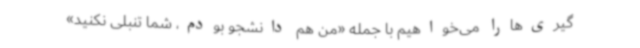
گیری‌هارا می‌خواهیم با جمله «من هم دانشجو بودم، شما تنبلی نکنید»